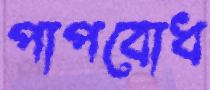
পাপবোধ